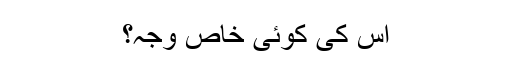
اس کی کوئی خاص وجہ؟